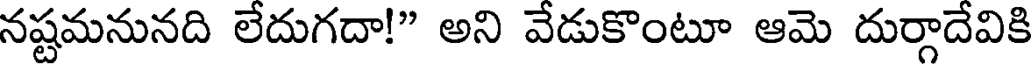
నష్టమనునది లేదుగదా!" అని వేడుకొంటూ ఆమె దుర్గాదేవికి